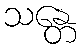
သန္တေ